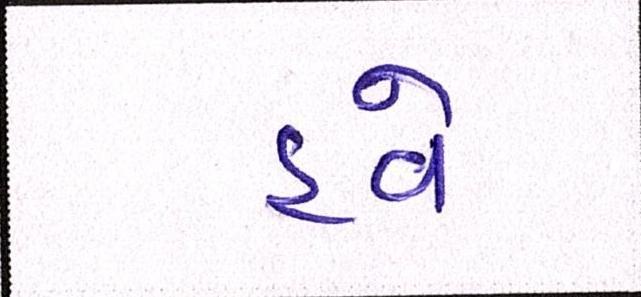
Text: હવે